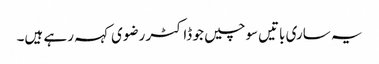
یہ ساری باتیں‌سوچیں جو ڈاکٹر رضوی کہہ رہے ہیں۔